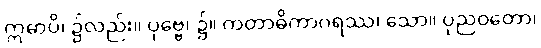
ဣဓာပိ၊ ၌လည်း။ ပုဗ္ဗေ၊ ၌။ ကတာဓိကာဂရဿ၊ သော။ ပုညဝတော၊